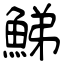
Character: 鮷